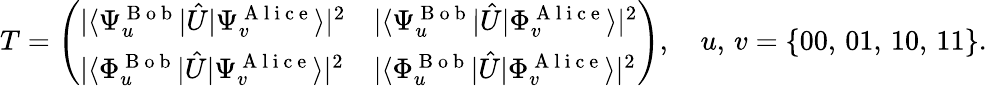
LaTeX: T=\left(\begin{array}{ll}{|\langle{\Psi_{u}^{\mathrm{~B~o~b~}}}|\hat{U}|{\Psi_{v}^{\mathrm{~A~l~i~c~e~}}}\rangle|^{2}}&{|\langle{\Psi_{u}^{\mathrm{~B~o~b~}}}|\hat{U}|{\Phi_{v}^{\mathrm{~A~l~i~c~e~}}}\rangle|^{2}}\\ {|\langle{\Phi_{u}^{\mathrm{~B~o~b~}}}|\hat{U}|{\Psi_{v}^{\mathrm{~A~l~i~c~e~}}}\rangle|^{2}}&{|\langle{\Phi_{u}^{\mathrm{~B~o~b~}}}|\hat{U}|{\Phi_{v}^{\mathrm{~A~l~i~c~e~}}}\rangle|^{2}}\end{array}\right),\quad u,\, v=\{ 00,\, 01,\, 10,\, 11\} .